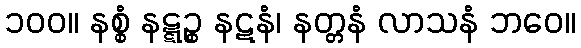
၁၀၀။ နစ္စံ နဋ္ဋဉ္စ နဋနံ၊ နတ္တနံ လာသနံ ဘဝေ။